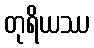
တုရိယဿ